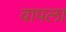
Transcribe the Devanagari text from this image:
वापला